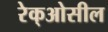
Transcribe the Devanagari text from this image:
रेक्‌ओसील